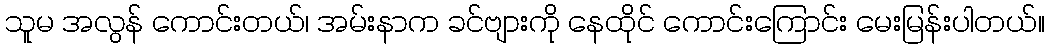
သူမ အလွန် ကောင်းတယ်၊ အမ်းနာက ခင်ဗျားကို နေထိုင် ကောင်းကြောင်း မေးမြန်းပါတယ်။